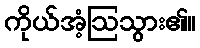
ကိုယ်အံ့ဩသွား၏။